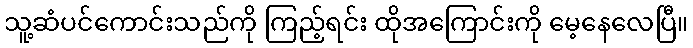
သူ့ဆံပင်ကောင်းသည်ကို ကြည့်ရင်း ထိုအကြောင်းကို မေ့နေလေပြီ။